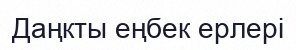
Даңкты еңбек ерлері